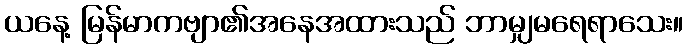
ယနေ့ မြန်မာကဗျာ၏အနေအထားသည် ဘာမျှမရေရာသေး။